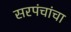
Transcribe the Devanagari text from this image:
सरपंचांचा